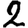
Digit: 2